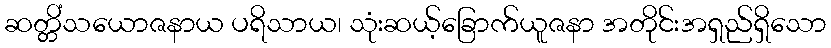
ဆတ္တိံသယောဇနာယ ပရိသာယ၊ သုံးဆယ့်ခြောက်ယူဇနာ အတိုင်းအရှည်ရှိသော